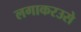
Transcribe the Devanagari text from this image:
लगाकरउसे